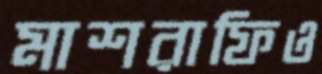
মাশরাফিও